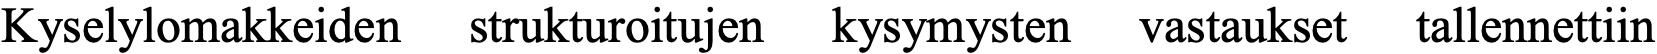
Kyselylomakkeiden strukturoitujen kysymysten vastaukset tallennettiin